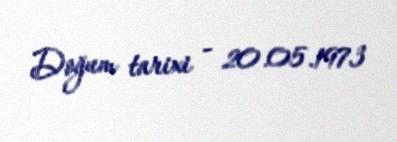
Doğum tarixi - 20.05.1973